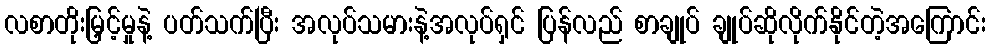
လစာတိုးမြှင့်မှုနဲ့ ပတ်သက်ပြီး အလုပ်သမားနဲ့အလုပ်ရှင် ပြန်လည် စာချုပ် ချုပ်ဆိုလိုက်နိုင်တဲ့အကြောင်း